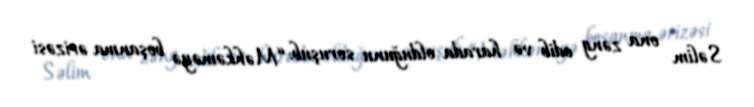
Səlim ona zəng edib və harada olduğunu soruşub: “Məhkəməyə boşanma ərizəsi